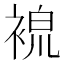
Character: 𧚷